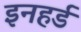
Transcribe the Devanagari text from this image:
इनहर्ड